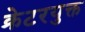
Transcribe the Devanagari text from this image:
क्रेटरयुक्त